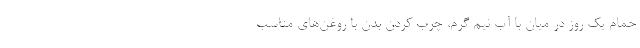
حمام یک روز در میان با آب نیم گرم، چرب کردن بدن با روغن‌های مناسب